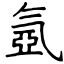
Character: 氬